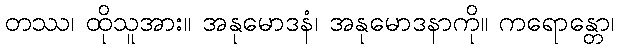
တဿ၊ ထိုသူအား။ အနုမောဒနံ၊ အနုမောဒနာကို။ ကရောန္တော၊